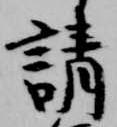
請